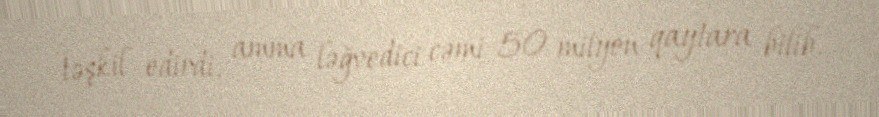
təşkil edirdi, amma ləğvedici cəmi 50 milyon qaytara bilib.